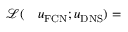
\begin{array} { r l } { \mathcal { L } ( } & { { } u _ { \mathrm { F C N } } ; u _ { \mathrm { D N S } } ) = } \end{array}